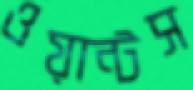
ওয়ান্টস